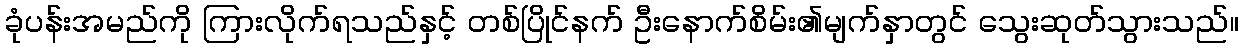
ခုံပန်းအမည်ကို ကြားလိုက်ရသည်နှင့် တစ်ပြိုင်နက် ဦးနောက်စိမ်း၏မျက်နှာတွင် သွေးဆုတ်သွားသည်။